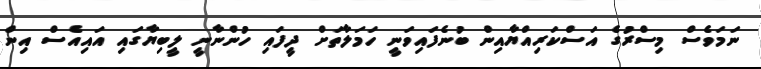
ނަމަވެސް މިސްރުގެ އަސްކަރިއްޔާއިން ބުނެފައިވަނީ ހަމަލާތަށް ދީފައި ހުންނާނީ ލީބިޔާގައި އައިއެސް އިން